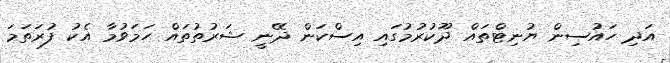
އަދި ހައުސިން ޔުނިޓްތައް ދޫކުރުމުގައި އިސްކަން ދޭނީ ޝަރުތުތައް ހަމަވުމާ އެކު ފުރަތަމަ